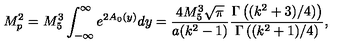
M _ { p } ^ { 2 } = M _ { 5 } ^ { 3 } \int _ { - \infty } ^ { \infty } e ^ { 2 A _ { 0 } ( y ) } d y = \frac { 4 M _ { 5 } ^ { 3 } \sqrt { \pi } } { a ( k ^ { 2 } - 1 ) } \frac { \Gamma \left( ( k ^ { 2 } + 3 ) / 4 ) \right) } { \Gamma \left( ( k ^ { 2 } + 1 ) / 4 \right) } ,